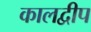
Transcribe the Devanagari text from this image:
कालद्वीप